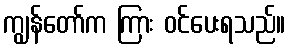
ကျွန်တော်က ကြား ဝင်ပေးရသည်။